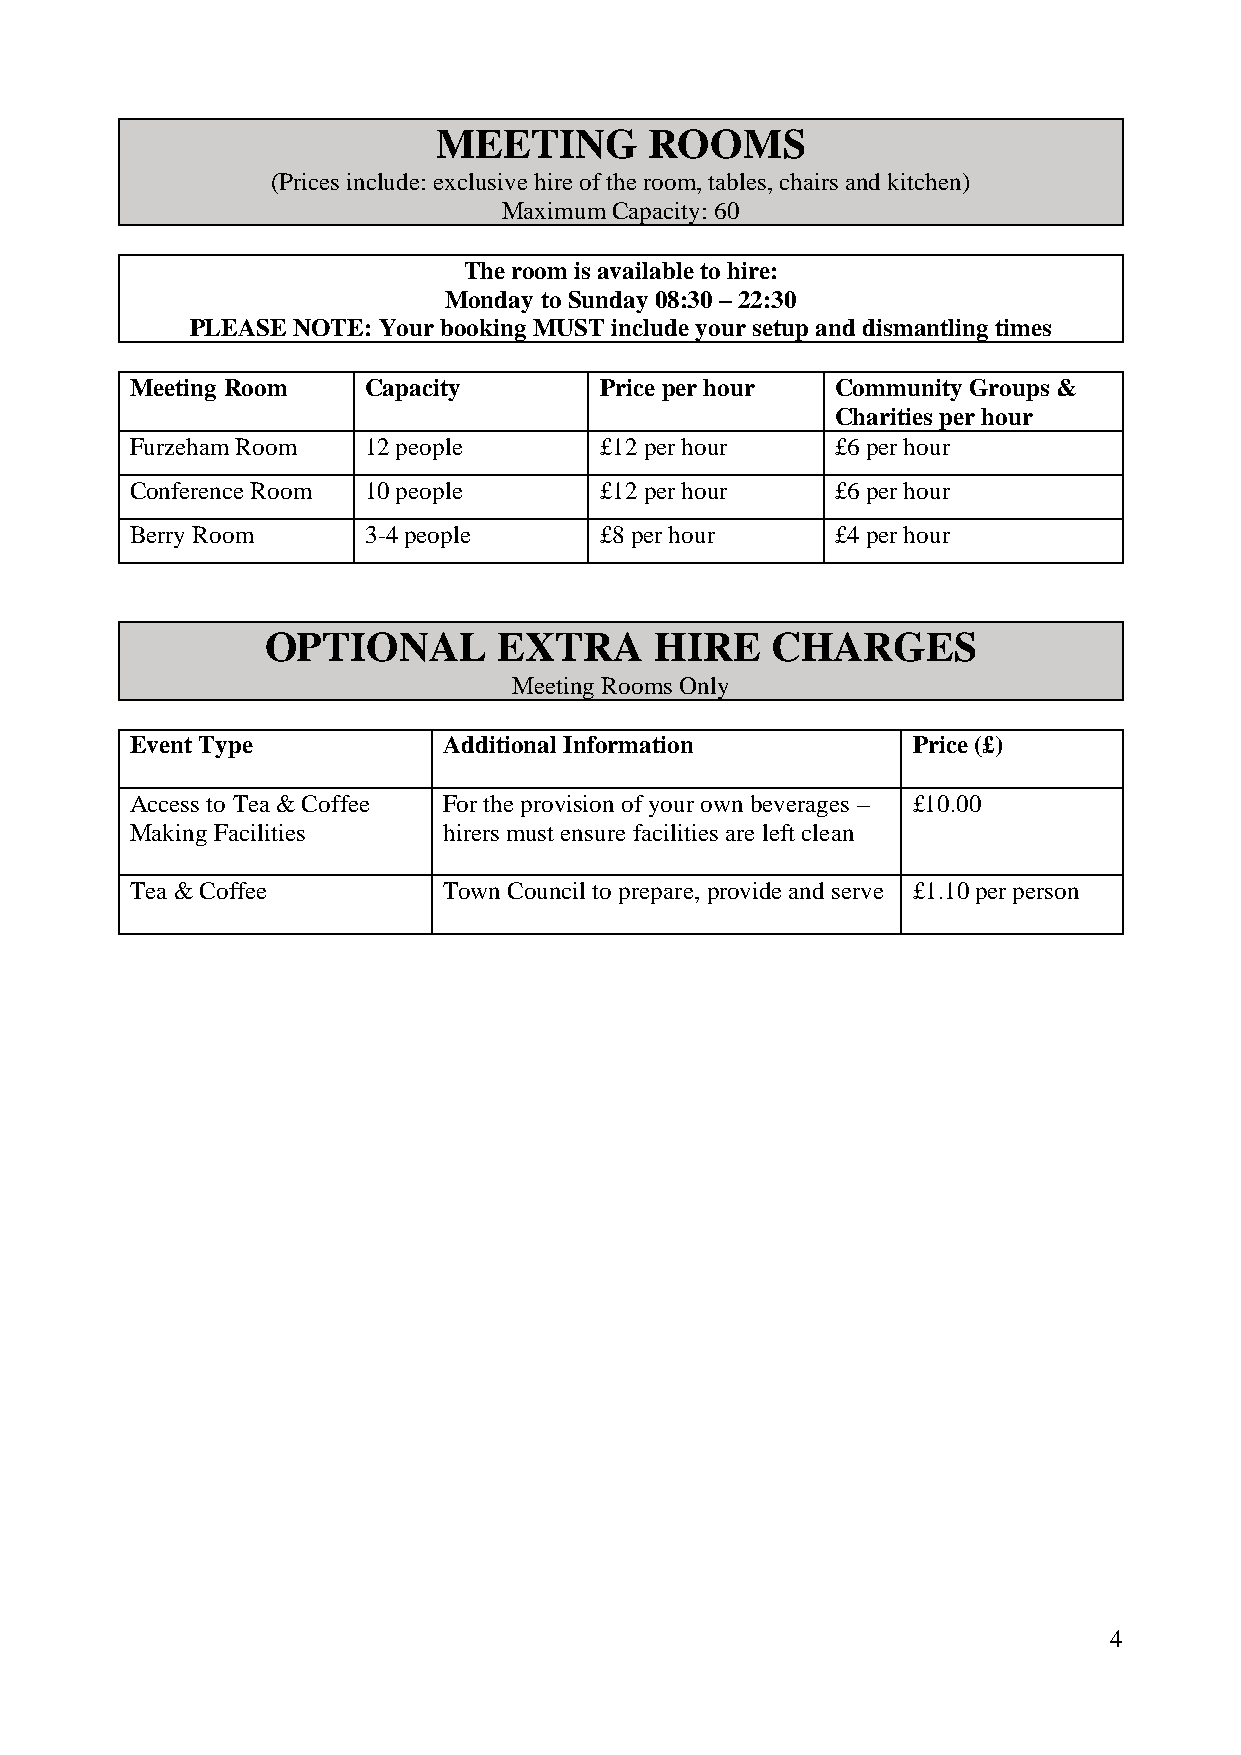
MEETING       ROOMS
 (Prices include: exclusive hire of the room, tables, chairs and kitchen)
 Maximum Capacity: 60
 The room is available to hire:
 Monday to Sunday 08:30 – 22:30
 PLEASE NOTE: Your booking MUST include your setup and dismantling times
 Meeting Room   Capacity        Price per hour Community Groups &
 Charities per hour
 Furzeham Room  12 people       £12 per hour   £6 per hour
 Conference Room 10 people      £12 per hour   £6 per hour
 Berry Room     3-4 people      £8 per hour    £4 per hour
 OPTIONAL       EXTRA     HIRE    CHARGES
 Meeting Rooms Only
 Event Type          Additional Information         Price (£)
 Access to Tea & Coffee For the provision of your own beverages – £10.00
 Making Facilities   hirers must ensure facilities are left clean
 Tea & Coffee        Town Council to prepare, provide and serve £1.10 per person
 4